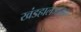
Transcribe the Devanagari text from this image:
खंडहालजातक